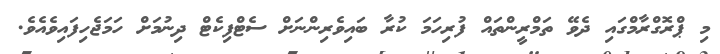
މި ޕްރޮގްރާމްގައި ދެވޭ ތަމްރީންތައް ފުރިހަމަ ކުރާ ބައިވެރިންނަށް ސެޓްފިކެޓް ދިނުމަށް ހަމަޖެހިފައިވެއެވެ.